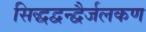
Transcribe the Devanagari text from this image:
सिद्धद्वन्द्वैर्जलकण